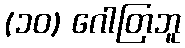
(၁၀) ဂေါတြဘူ